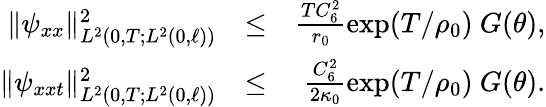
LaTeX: \begin{array}{rlr}{\Vert\psi_{xx}\Vert_{L^{2}(0,T;L^{2}(0,\ell))}^{2}}&{\leq}&{\frac{TC_{6}^{2}}{r_{0}}\exp(T/\rho_{0})\ G(\theta),}\\ {\Vert\psi_{xxt}\Vert_{L^{2}(0,T;L^{2}(0,\ell))}^{2}}&{\leq}&{\frac{C_{6}^{2}}{2\kappa_{0}}\exp(T/\rho_{0})\ G(\theta).}\end{array}